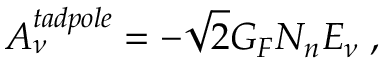
A _ { \nu } ^ { t a d p o l e } = - \sqrt { 2 } G _ { F } N _ { n } E _ { \nu } \; ,